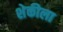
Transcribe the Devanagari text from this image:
शेकीला